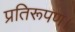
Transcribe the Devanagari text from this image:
प्रतिरूपण।